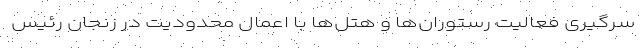
سرگیری فعالیت رستوران‌ها و هتل‌ها با اعمال محدودیت در زنجان رئیس